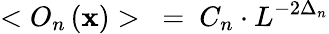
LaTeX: <O_{n}\left(\mathbf{x}\right)>~=~C_{n}\cdot{L^{-2\Delta_{n}}}